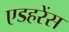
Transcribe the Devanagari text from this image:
एडहरेंस